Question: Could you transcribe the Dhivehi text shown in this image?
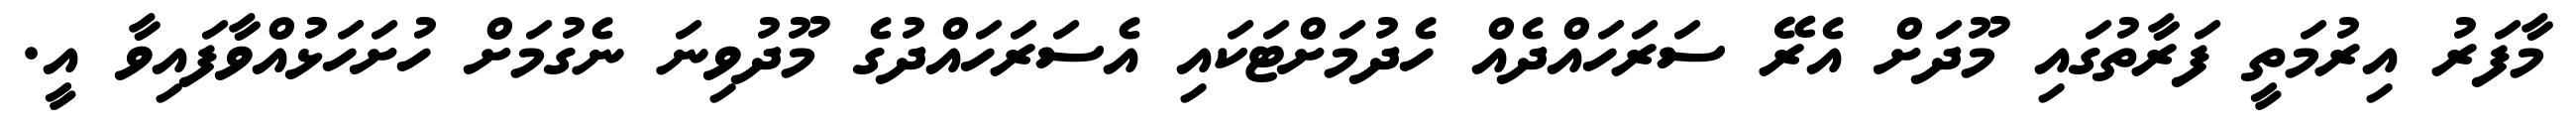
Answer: މާފަރު އިރުމަތީ ފަރާތުގައި މޫދަށް އެރޭ ސަރަހައްދެއް ހެދުމަށްޓަކައި އެސަރަހައްދުގެ މޫދުވިނަ ނެގުމަށް ހުށަހަޅުއްވާފައިވާ އީ.